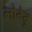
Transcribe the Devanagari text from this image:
लोबेदू